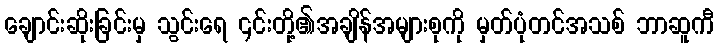
ချောင်းဆိုးခြင်းမှ သွင်းရေ ၎င်းတို့၏အချိန်အများစုကို မှတ်ပုံတင်အသစ် ဘာဆူကီ